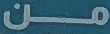
من